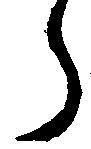
ら